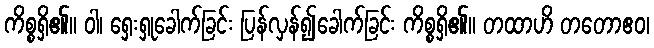
ကိစ္စရှိ၏။ ဝါ၊ ရှေးရှုခေါက်ခြင်း ပြန်လှန်၍ခေါက်ခြင်း ကိစ္စရှိ၏။ တထာဟိ တတောဧဝ၊